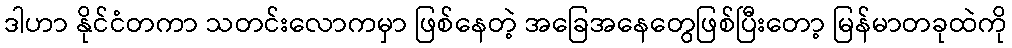
ဒါဟာ နိုင်ငံတကာ သတင်းလောကမှာ ဖြစ်နေတဲ့ အခြေအနေတွေဖြစ်ပြီးတော့ မြန်မာတခုထဲကို